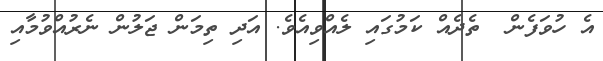
އެ ހުވަފެން  ތެދެއް ކަމުގައި ލެއްވިއެވެ. އަދި ތިމަން ޖަލުން ނެރުއްވުމާއި